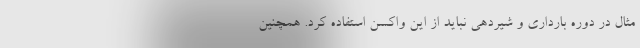
مثال در دوره بارداری و شیردهی نباید از این واکسن استفاده کرد. همچنین